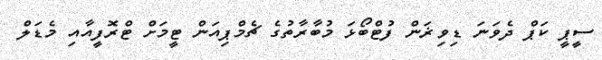
ސީޕީ ކަޕް ދެވަނަ ޑިވިޜަން ފުޓްބޯޅަ މުބާރާތުގެ ޗެމްޕިއަން ޓީމަށް ޓްރޮފީއާއި މެޑަލް